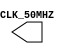
`timescale 1ns / 1ps
//////////////////////////////////////////////////////////////////////////////////
// Company: 
// Engineer: 
// 
// Design Name: 
// Module Name:    clock 
// Project Name: 
// Target Devices: 
// Tool versions: 
// Description: 
//
// Dependencies: 
//
// Revision: 
// Revision 0.01 - File Created
// Additional Comments: 
//
//////////////////////////////////////////////////////////////////////////////////
module clock(
	  output reg CLK_50MHZ//,
	  //input RST
    );
	
	initial CLK_50MHZ = 0;
	 
	/*** SIMULATION CLK 50 MHZ ***/
	always
	begin
		#10;
		CLK_50MHZ = ~CLK_50MHZ;
	end

endmodule